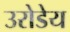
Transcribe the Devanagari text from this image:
उरोडेय